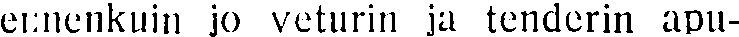
einenkuin jo veturin ja tenderin apu-